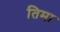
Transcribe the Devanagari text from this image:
तिमा